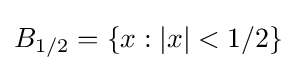
B_{1/2}=\{x:|x|<1/2\}